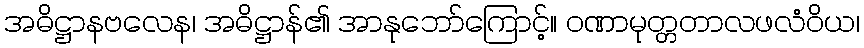
အဓိဋ္ဌာနဗလေန၊ အဓိဋ္ဌာန်၏ အာနုဘော်ကြောင့်။ ဝဏာမုတ္တတာလဖလံဝိယ၊